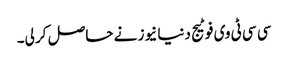
سی سی ٹی وی فوٹیج دنیا نیوز نے حاصل کر لی۔